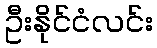
ဦးနိုင်ငံလင်း